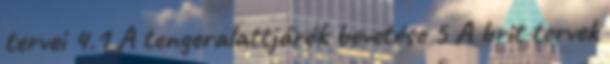
tervei 4.1 A tengeralattjárók bevetése 5 A brit tervek